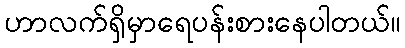
ဟာလက်ရှိမှာရေပန်းစားနေပါတယ်။